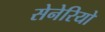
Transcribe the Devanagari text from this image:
सेनेरियो